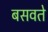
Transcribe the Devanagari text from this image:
बसवते